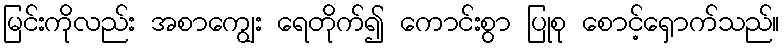
မြင်းကိုလည်း အစာကျွေး ရေတိုက်၍ ကောင်းစွာ ပြုစု စောင့်ရှောက်သည်။